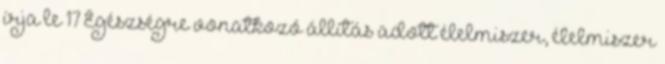
írja le 17 Egészségre vonatkozó állítás adott élelmiszer, élelmiszer